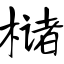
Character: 槠